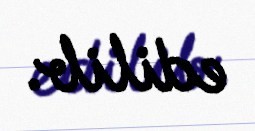
edilib.